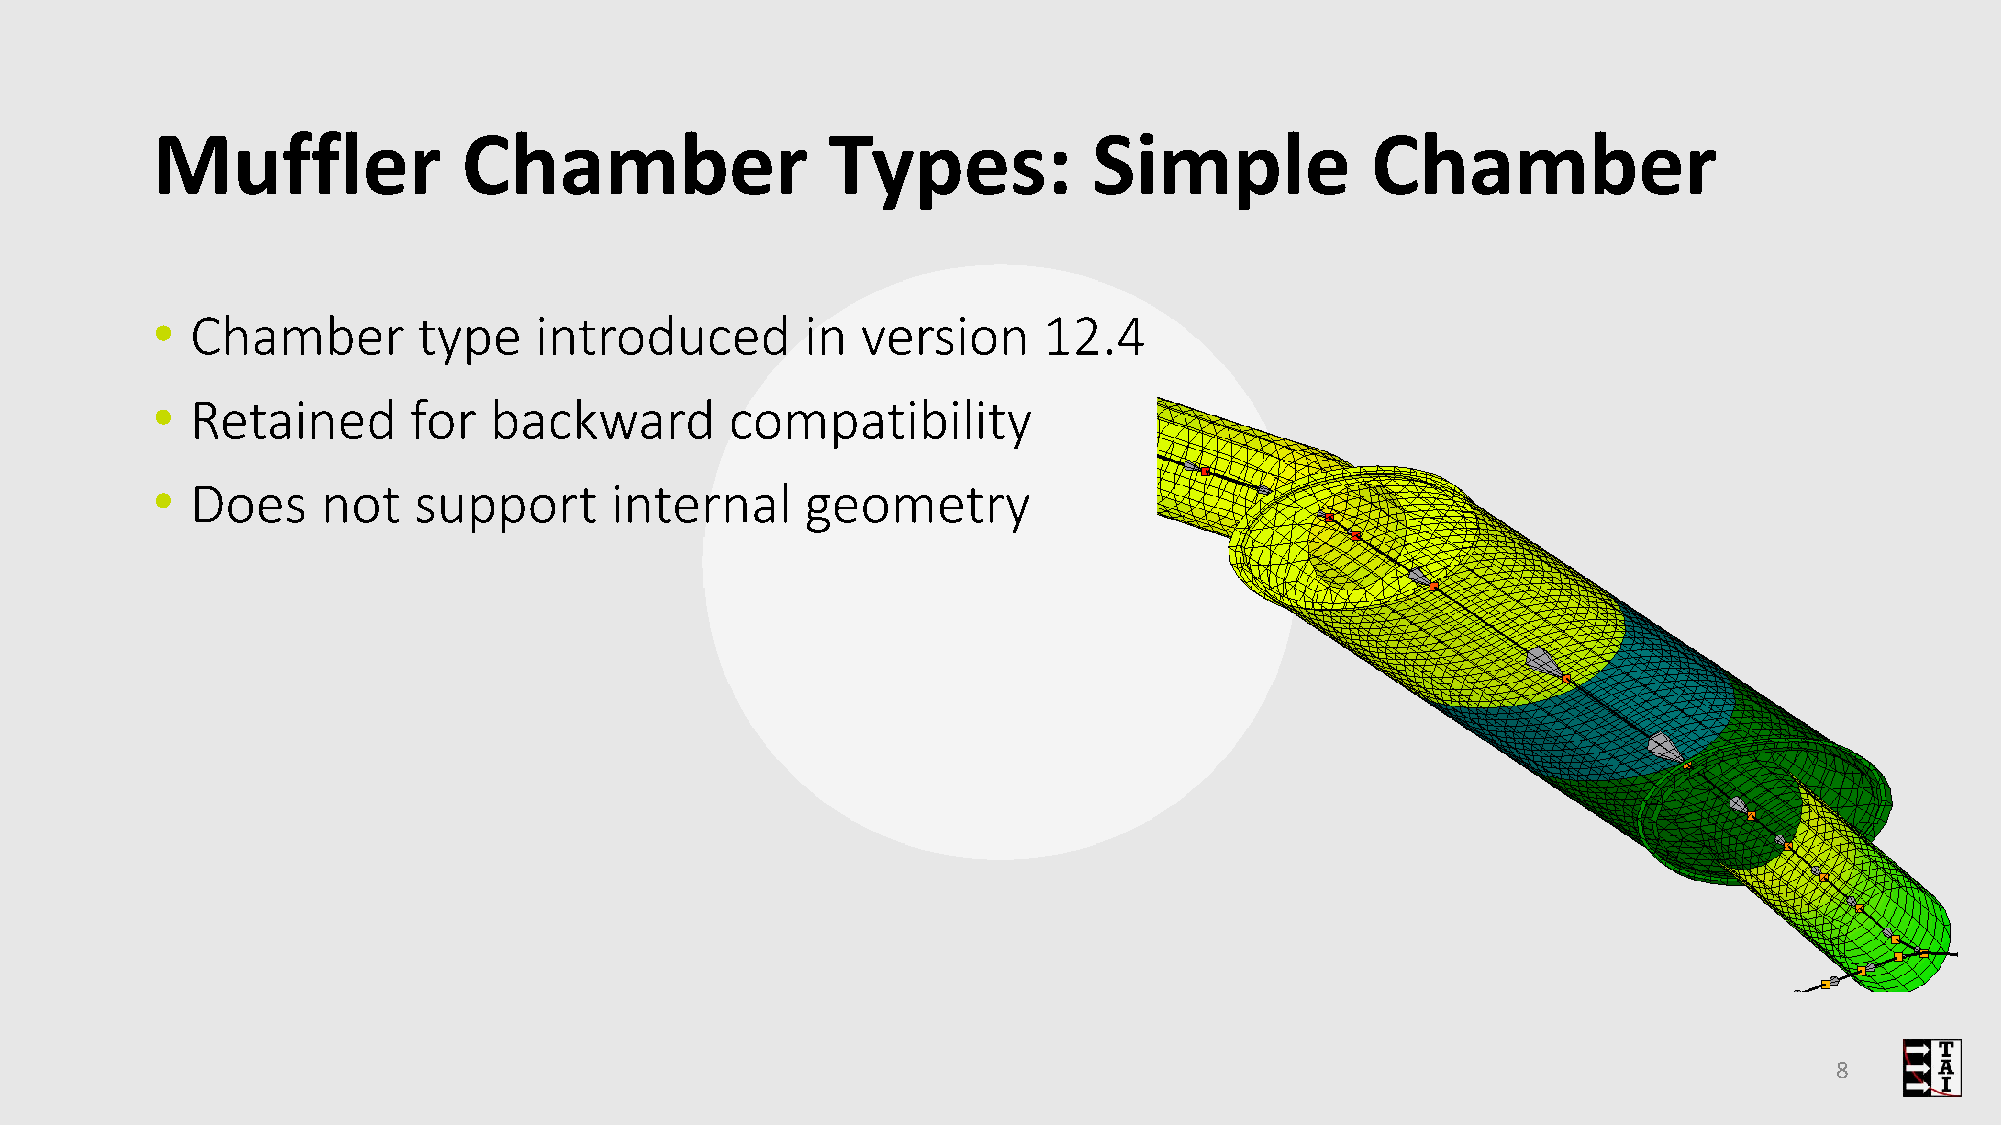
Muffler              Chamber                 Types:           Simple             Chamber
 •  Chamber        type   introduced        in  version     12.4
 •  Retained      for  backward        compatibility
 •  Does    not   support      internal     geometry
 8